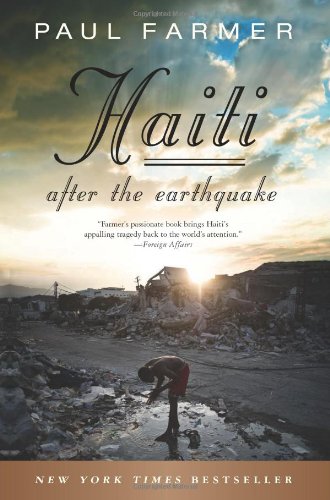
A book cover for Haiti After the Earthquake; Paul Farmer; Science & Math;